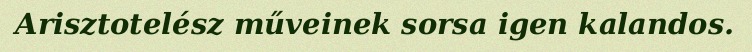
Arisztotelész műveinek sorsa igen kalandos.